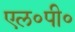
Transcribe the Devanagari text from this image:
एल॰पी॰